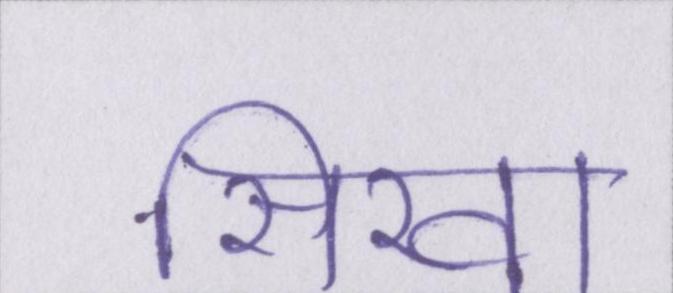
सिखा